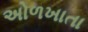
અોળખાતા